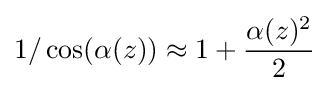
1/\cos(\alpha (z))\approx 1+{\alpha (z)^{2} \over 2}